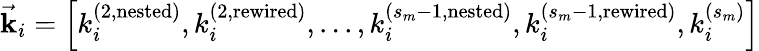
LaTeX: \vec{\mathbf{k}}_{i}=\left[k_{i}^{(2,\mathrm{nested})},k_{i}^{(2,\mathrm{rewired})},...,k_{i}^{(s_{m}-1,\mathrm{nested})},k_{i}^{(s_{m}-1,\mathrm{rewired})},k_{i}^{(s_{m})}\right]